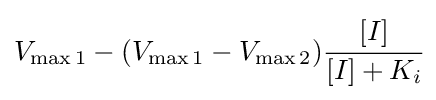
V_{\max 1}-(V_{\max 1}-V_{\max 2}){\cfrac {[I]}{[I]+K_{i}}}